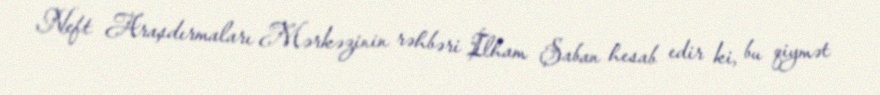
Neft Araşdırmaları Mərkəzinin rəhbəri İlham Şaban hesab edir ki, bu qiymət